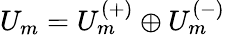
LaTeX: U_{m}=U_{m}^{(+)}\oplus U_{m}^{(-)}